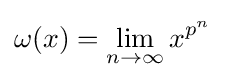
\omega (x)=\lim _{n\rightarrow \infty }x^{p^{n}}